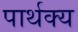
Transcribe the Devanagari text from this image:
पार्थक्‍य